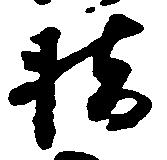
橋